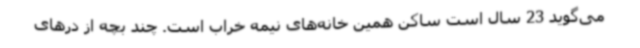
می‌گوید 23 سال است ساکن همین خانه‌های نیمه خراب است. چند بچه از درهای